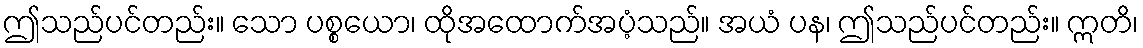
ဤသည်ပင်တည်း။ သော ပစ္စယော၊ ထိုအထောက်အပံ့သည်။ အယံ ပန၊ ဤသည်ပင်တည်း။ ဣတိ၊